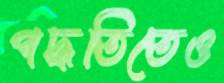
পদ্ধতিতেও